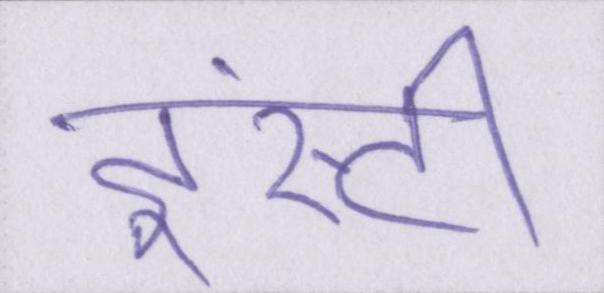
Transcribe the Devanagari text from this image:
इंस्टी